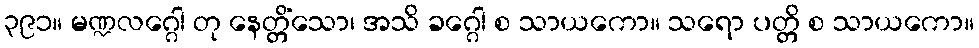
၃၉၁။ မဏ္ဍလဂ္ဂေါ တု နေတ္တိံသော၊ အသိ ခဂ္ဂေါ စ သာယကော။ သရော ပတ္တိ စ သာယကော။